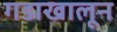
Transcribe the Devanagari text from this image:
गडाखालून